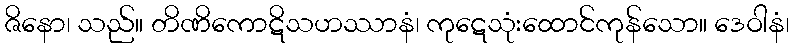
ဇိနော၊ သည်။ တိဏိကောဋိသဟဿာနံ၊ ကုဋေသုံးထောင်ကုန်သော။ ဒေဝါနံ၊